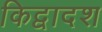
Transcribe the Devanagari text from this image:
किद्वादश